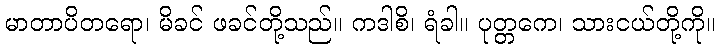
မာတာပိတရော၊ မိခင် ဖခင်တို့သည်။ ကဒါစိ၊ ရံခါ။ ပုတ္တကေ၊ သားငယ်တို့ကို။